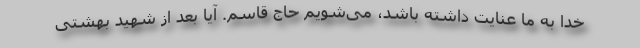
خدا به ما عنایت داشته باشد، می‌شویم حاج قاسم. آیا بعد از شهید بهشتی